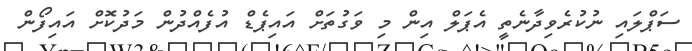
ސަޕްލައި ނުކުރެވިދާނެތީ އެޕަލް އިން މި ވަގުތަށް އައިޕެޑް އުފެއްދުން މަދުކޮށް އައިފޯން